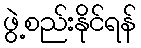
ဖွဲ့စည်းနိုင်ရန်